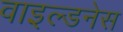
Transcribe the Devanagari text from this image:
वाइल्डनेस